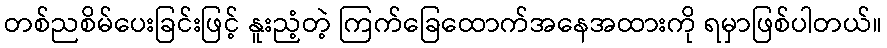
တစ်ညစိမ်ပေးခြင်းဖြင့် နူးညံ့တဲ့ ကြက်ခြေထောက်အနေအထားကို ရမှာဖြစ်ပါတယ်။